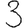
Digit: 3